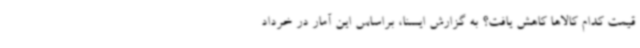
قیمت کدام کالاها کاهش یافت؟ به گزارش ایسنا، براساس این آمار در خرداد